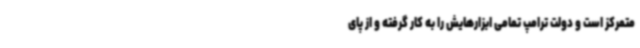
متمرکز است و دولت ترامپ تمامی ابزارهایش را به کار گرفته و از پای